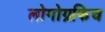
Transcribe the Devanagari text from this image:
लोगोग्रफिच